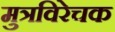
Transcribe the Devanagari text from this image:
मुत्रविरेचक